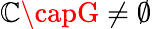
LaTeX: \mathbb{C}\capG\neq\emptyset